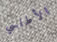
الأطلسي